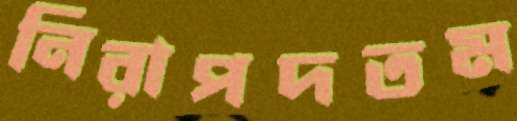
নিরাপদতম